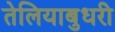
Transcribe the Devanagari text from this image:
तेलियाबुधरी